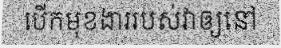
បើកមុខងាររបស់វាឲ្យនៅ